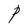
Character: P